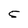
Character: 5